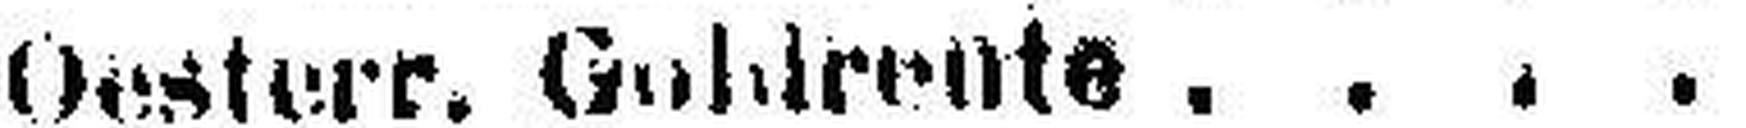
Oesterr. Goldrente